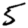
Digit: 5